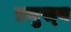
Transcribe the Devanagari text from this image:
प्रमुख्‍य